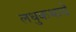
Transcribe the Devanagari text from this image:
लधुकथायें